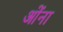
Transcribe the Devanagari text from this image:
ओंना